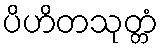
ပိဟိတသုတ္တံ